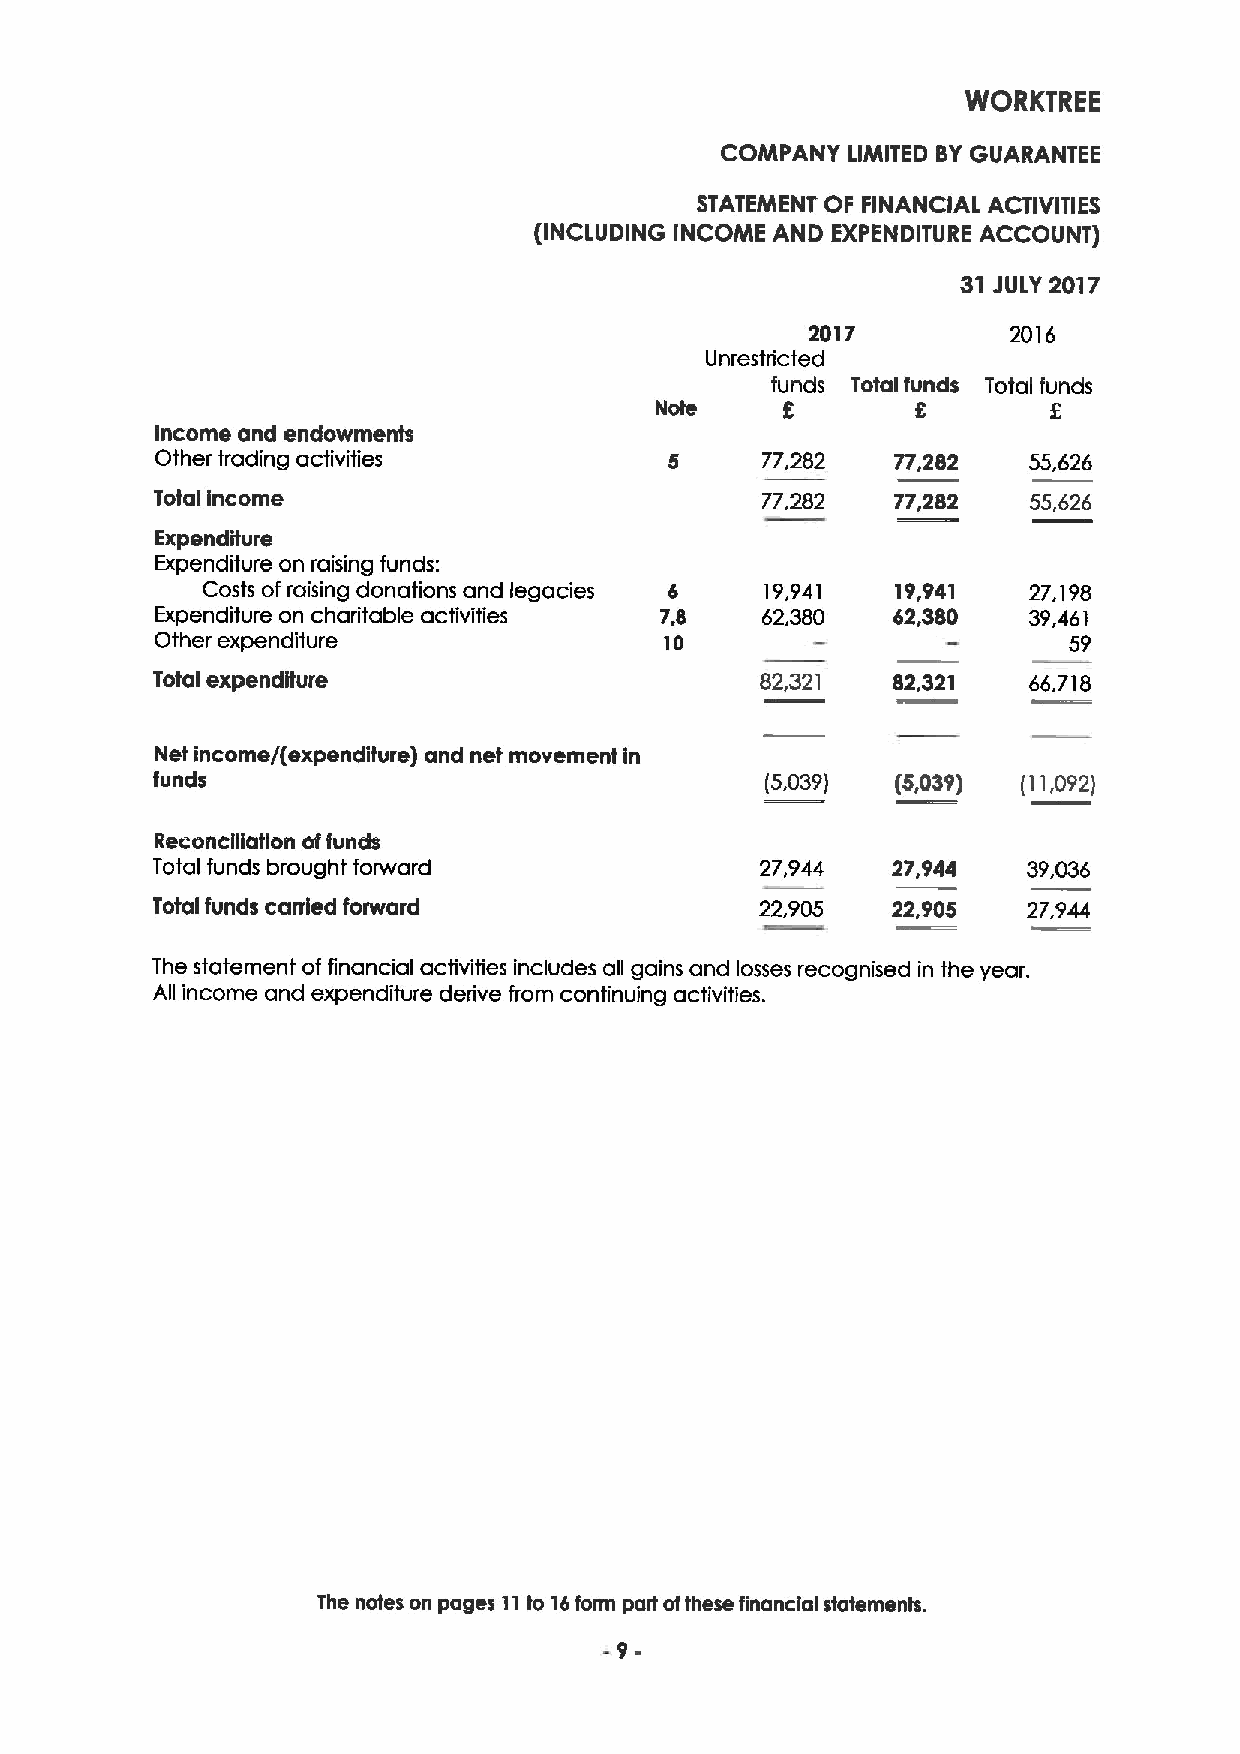
WORKTREE
 COMPANY LIMITED BYGUARANTEE
 STATEMENT OF FINANCIAL ACTIVITIES
 (INCLUDING INCOME AND EXPENDITURE ACCOUNT)
 31 JULY 2017
 2017         2016
 Unrestdicted
 funds Total funds Total funds
 Note     E        8        E
 Income and endowments
 Other trading activities          5     77,282   77,282   55,626
 Total income                            77,282   77,282   55,626
 Expenditure
 Expenditure on raising funds:
 Costs of raising donations and legacies 6 19,941 19,941 27,198
 Expenditure on chaditable activities 7,8 62,380  62,380   39,461
 Other expenditure                 10                         59
 Total expenditure                       82,321   82,321   66,718
 Net income/(expenditure) and net movement in
 funds                                    (5,039) (5,039)  (11,092)
 Reconcliiation offunds
 Total funds brought forward             27,944   27,944   39,036
 Total funds carried forward             22,905   22,905   27,944
 The statement of financial activities includes all gains and losses recognised in the year.
 All income and expenditure derive from continuing activities.
 The notes on pages 11to 16form part ofthese financial statements.
 9-